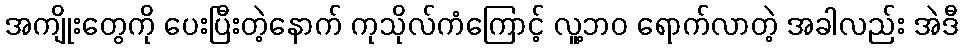
အကျိုးတွေကို ပေးပြီးတဲ့နောက် ကုသိုလ်ကံကြောင့် လူ့ဘဝ ရောက်လာတဲ့ အခါလည်း အဲဒီ